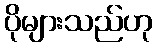
ပိုများသည်ဟု